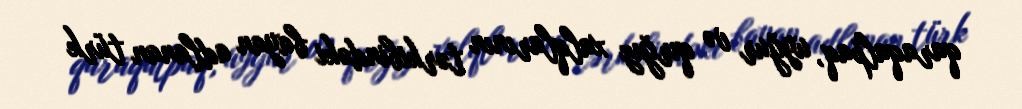
qaraqalpaq, uyğur və qırğız xalqlarının tərkibindəki bayan adlanan türk